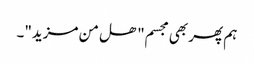
ہم پھر بھی مجسم" ھل من مزید"۔